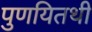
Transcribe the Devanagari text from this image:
पुणयितथी